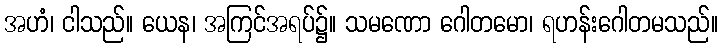
အဟံ၊ ငါသည်။ ယေန၊ အကြင်အရပ်၌။ သမဏော ဂေါတမော၊ ရဟန်းဂေါတမသည်။